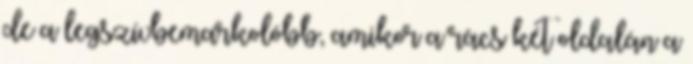
de a legszívbemarkolóbb, amikor a rács két oldalán a